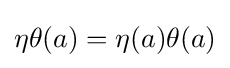
\eta \theta (a)=\eta (a)\theta (a)